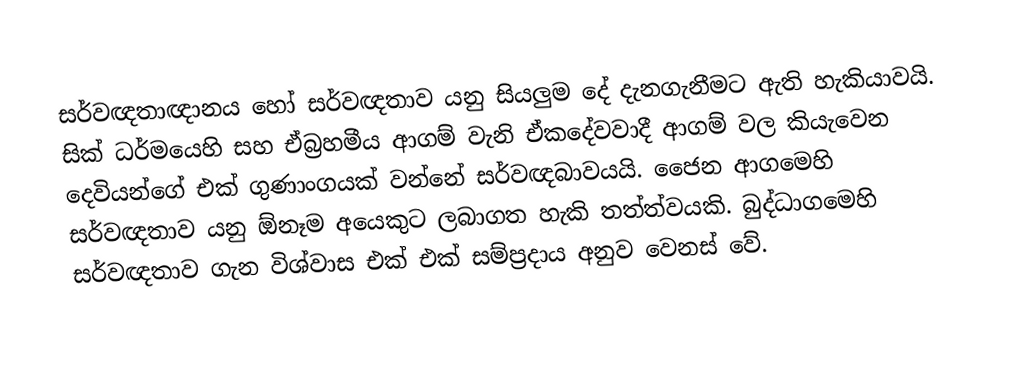
සර්වඥතාඥානය හෝ සර්වඥතාව යනු සියලුම දේ දැනගැනීමට ඇති හැකියාවයි. සික් ධර්මයෙහි සහ ඒබ්‍රහමීය ආගම් වැනි ඒකදේවවාදී ආගම් වල කියැවෙන දෙවියන්ගේ එක් ගුණාංගයක් වන්නේ සර්වඥබාවයයි. ජෛන ආගමෙහි සර්වඥතාව යනු ඕනෑම අයෙකුට ලබාගත හැකි තත්ත්වයකි. බුද්ධාගමෙහි සර්වඥතාව ගැන විශ්වාස එක් එක් සම්ප්‍රදාය අනුව වෙනස් වේ.